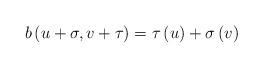
LaTeX: \begin{align*}b\left( u+\sigma ,v+\tau \right) =\tau \left( u\right) +\sigma \left(v\right) \end{align*}